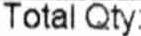
TOTAL QTY: